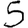
Digit: 5